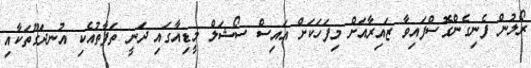
ރޯލުން ފެނިގެންގޮސްފައިވާ ޒައިރާއަށް މިފަހަކަށް އައިސް ސޯޝަލް މީޑިއާގައި ދަނީ ތަފާތުއެކި އުނދަގޫތަކާއި